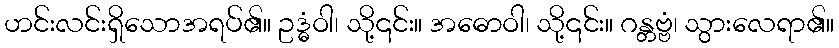
ဟင်းလင်းရှိသောအရပ်၏။ ဥဒ္ဓံဝါ၊ သို့၎င်း။ အဓောဝါ၊ သို့၎င်း။ ဂန္တဗ္ဗံ၊ သွားလေရာ၏။